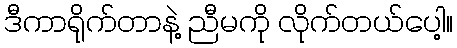
ဒီကာရိုက်တာနဲ့ ညီမကို လိုက်တယ်ပေါ့။